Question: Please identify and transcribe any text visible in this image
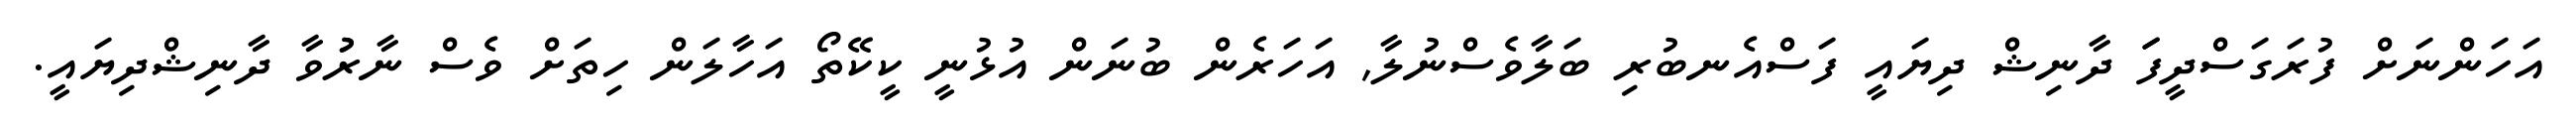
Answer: އަހަންނަށް ފުރަގަސްދީފަަ ދާނިޝް ދިޔައީ ފަސްއެނބުރި ބަލާވެސްނުލާ, އަހަރެން ބުނަން އުޅުނީ ކީކޭތޯ އަހާލަން ހިތަށް ވެސް ނާރުުވާ ދާނިޝްދިޔައީ.